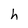
Character: h